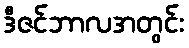
ဒီဇင်ဘာလအတွင်း